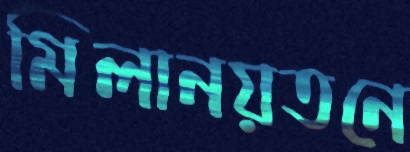
মিলানয়তনে